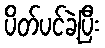
ပိတ်ပင်ခဲ့ပြီး